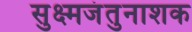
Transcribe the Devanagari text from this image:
सुक्ष्मजंतुनाशक